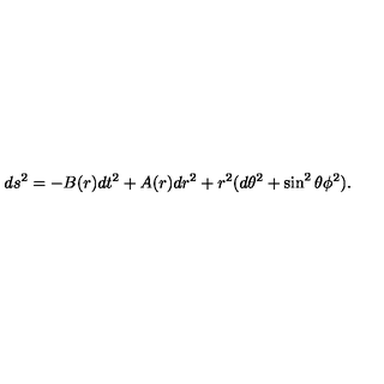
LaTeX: d { s } ^ { 2 } = - B ( r ) d { t } ^ { 2 } + A ( r ) d r ^ { 2 } + r ^ { 2 } ( d \theta ^ { 2 } + \sin ^ { 2 } \theta \phi ^ { 2 } ) .